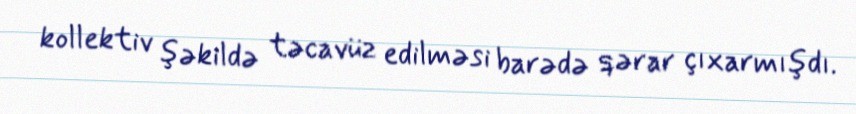
kollektiv şəkildə təcavüz edilməsi barədə qərar çıxarmışdı.